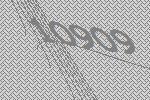
10909